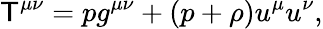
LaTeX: \mathsf{T}^{\mu\nu}=pg^{\mu\nu}+(p+\rho)u^{\mu}u^{\nu},